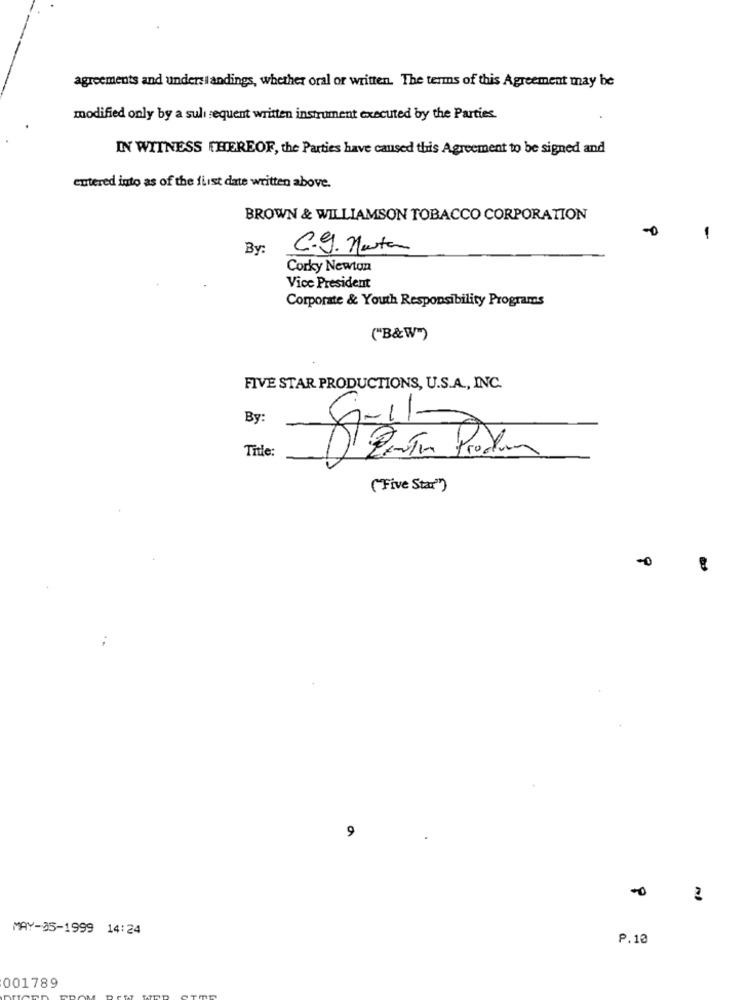
agreements and under: landings, whether oral or written. The terms of this Agreement may be
modified only by a suli sequent written instrument executed by the Parties.
IN WITNESS THEREOF, the Parties have caused this Agreement to be signed and
entered into as of the first date written above.
BROWN & WILLIAMSON TOBACCO CORPORATION
By
C.g. Hasta
Corky Newton
Vice President
Corporate & Youth Responsibility Programs
("B&W")
FIVE STAR PRODUCTIONS, U.S.A ., INC.
By:
Title:
("Five Star")
9
MAY-05-1999 14:24
P.10
001789